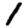
Digit: 1